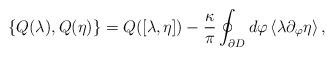
LaTeX: \begin{align*}\{Q(\lambda), Q (\eta) \} =Q([\lambda, \eta])-\frac{\kappa}{\pi} \oint_{\partial {D}} d \varphi \left< \lambda \partial_{\varphi} \eta \right>,\end{align*}